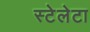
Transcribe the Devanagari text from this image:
स्टेलेटा